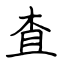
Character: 査